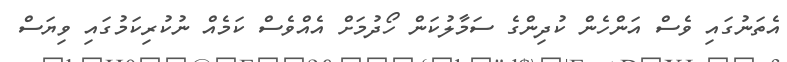
އެތަނުގައި ވެސް އަންހެން ކުދިންގެ ސަމާލުކަން ހޯދުމަށް އެއްވެސް ކަމެއް ނުކުރިކަމުގައި ވިޔަސް